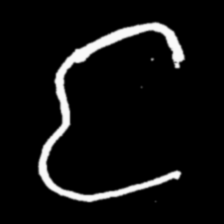
Pyu character \u2014 Myanmar letter: င (romanized: nga)